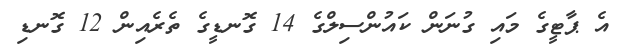
އެ ޕާޓީގެ މައި ގުނަން ކައުންސިލްގެ 14 ގޮނޑީގެ ތެރެއިން 12 ގޮނޑި